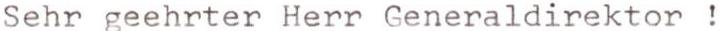
Sehr geehrter Herr Generaldirektor !